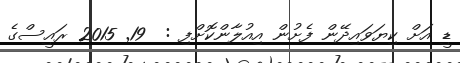
ޑީ އަށް ކިޔަވައިދޭން ފެށުން އިއުލާންކޮށްފި :  19